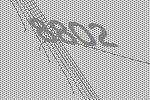
8802